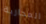
المحاربة